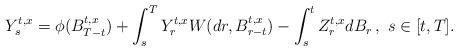
LaTeX: \begin{align*}Y_s^{t,x}= \phi(B_{T-t}^{t,x})+\int_s^TY_r^{t,x} W(dr, B_{r-t}^{t,x}) -\int_s^tZ^{t,x}_r dB_r\,,\ s\in[t,T].\end{align*}